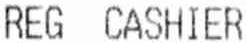
REG CASHIER